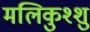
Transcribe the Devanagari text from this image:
मलिकुश्शु